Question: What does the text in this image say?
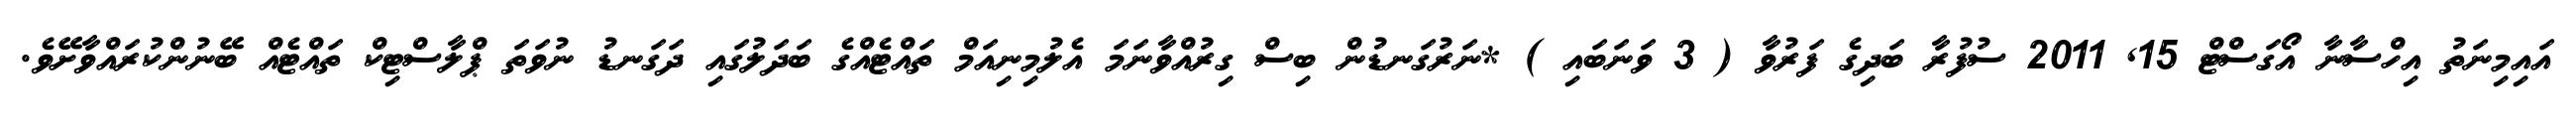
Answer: އައިމިނަތު އިހްސާނާ އޯގަސްޓް 15, 2011 ސުފުރާ ބަދިގެ ފަރުވާ ( 3 ވަނަބައި ) *ނަރުގަނޑުން ބިސް ގިރުއްވާނަމަ އެލުމިނިއަމް ތައްޓެއްގެ ބަދަލުގައި ދަގަނޑު ނުވަތަ ޕްލާސްޓިކް ތައްޓެއް ބޭނުންކުރައްވާށޭވެ.